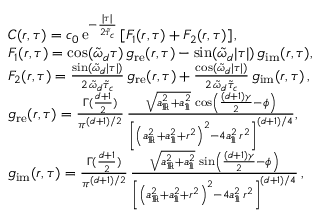
\begin{array} { r l } & { C ( r , \tau ) = c _ { 0 } \, \mathrm { e } ^ { - \frac { \lvert \tau \rvert } { 2 \tilde { \tau } _ { c } } } \left[ F _ { 1 } ( r , \tau ) + F _ { 2 } ( r , \tau ) \right] , } \\ & { F _ { 1 } ( r , \tau ) = \cos ( \tilde { \omega } _ { d } \tau ) \, g _ { \mathrm { r e } } ( r , \tau ) - \sin ( \tilde { \omega } _ { d } \lvert \tau \rvert ) \, g _ { \mathrm { i m } } ( r , \tau ) , } \\ & { F _ { 2 } ( r , \tau ) = \frac { \sin ( \tilde { \omega } _ { d } \lvert \tau \rvert ) } { 2 \, \tilde { \omega } _ { d } \tilde { \tau } _ { c } } \, g _ { \mathrm { r e } } ( r , \tau ) + \frac { \cos ( \tilde { \omega } _ { d } \lvert \tau \rvert ) } { 2 \, \tilde { \omega } _ { d } \tilde { \tau } _ { c } } \, g _ { \mathrm { i m } } ( r , \tau ) \, , } \\ & { g _ { \mathrm { r e } } ( r , \tau ) = \frac { \Gamma ( \frac { d + 1 } { 2 } ) } { \pi ^ { ( d + 1 ) / 2 } } \, \frac { \sqrt { a _ { \Re } ^ { 2 } + a _ { \Im } ^ { 2 } } \, \cos \left( \frac { ( d + 1 ) \gamma } { 2 } - \phi \right) } { \left[ \left( a _ { \Re } ^ { 2 } + a _ { \Im } ^ { 2 } + r ^ { 2 } \right) ^ { 2 } - 4 a _ { \Im } ^ { 2 } \, r ^ { 2 } \right] ^ { ( d + 1 ) / 4 } } , } \\ & { g _ { \mathrm { i m } } ( r , \tau ) = \frac { \Gamma ( \frac { d + 1 } { 2 } ) } { \pi ^ { ( d + 1 ) / 2 } } \, \frac { \sqrt { a _ { \Re } ^ { 2 } + a _ { \Im } ^ { 2 } } \, \sin \left( \frac { ( d + 1 ) \gamma } { 2 } - \phi \right) } { \left[ \left( a _ { \Re } ^ { 2 } + a _ { \Im } ^ { 2 } + r ^ { 2 } \right) ^ { 2 } - 4 a _ { \Im } ^ { 2 } \, r ^ { 2 } \right] ^ { ( d + 1 ) / 4 } } \, , } \end{array}